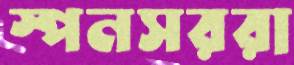
স্পনসররা